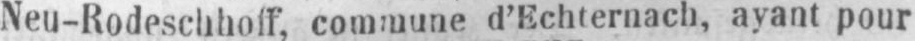
Neu-Rodeschhoff, commune d’Echternach, ayant pour